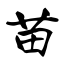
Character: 苗